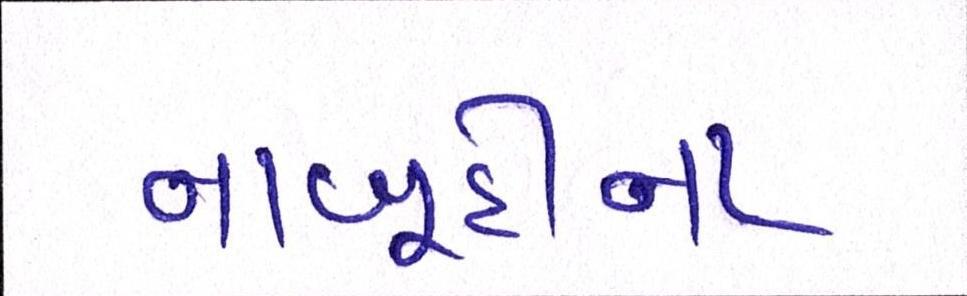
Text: નાબૂદીના